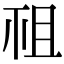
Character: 𥘲